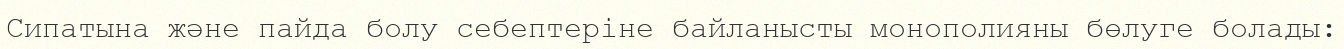
Сипатына және пайда болу себептеріне байланысты монополияны бөлуге болады: